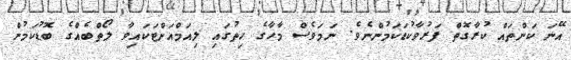
އޭނަ ކަންތައް ކުރާގޮތް ފަރުވާކުޑަކަމުންނެވެ. ނަމަވެސް މާހާގެ ހިތުގައި ލިއަމްއަށްޓަކައިވާ ލޯތްބެއްގެ ބޮޑުކަމުން